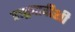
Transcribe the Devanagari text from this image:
राष्ट्रवादीशी